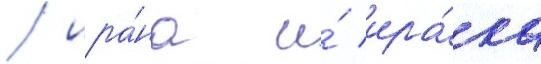
/ ира́на и́ ира́ка